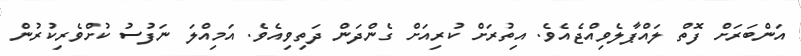
އަންބަރަށް ފޮތް ލައްޕާލެވިއްޖެއެވެ. އިތުރަށް ކުރިއަށް ގެންދަން ދަތިވިއެވެ. އަމިއްލަ ނަފުސު ކުށްވެރިކުރުން